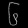
Digit: ၆